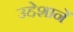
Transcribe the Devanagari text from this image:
उद्देशानें